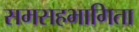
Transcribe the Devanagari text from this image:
समसहभागिता